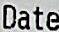
DATE